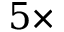
5 \times